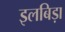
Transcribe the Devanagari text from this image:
इलबिड़ा